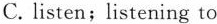
C. listen;listening to